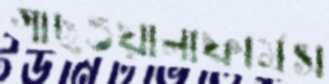
গাছওয়ালাফার্মস